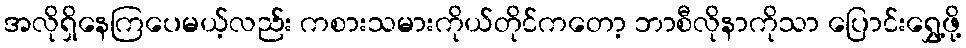
အလိုရှိနေကြပေမယ့်လည်း ကစားသမားကိုယ်တိုင်ကတော့ ဘာစီလိုနာကိုသာ ပြောင်းရွှေ့ဖို့